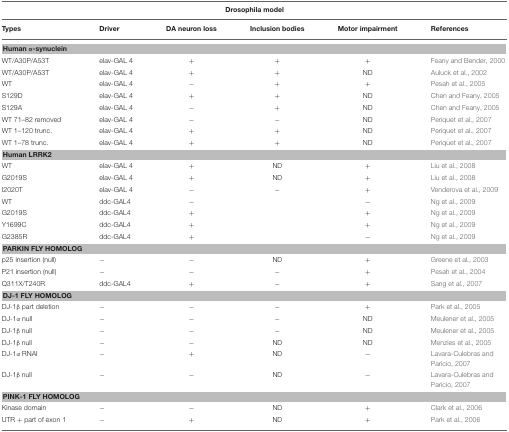
<table><thead><tr><td colspan="6"><b>Drosophila model</b></td></tr></thead><tbody><tr><td><b>Types</b></td><td><b>Driver</b></td><td><b>DA neuron loss</b></td><td><b>Inclusion bodies</b></td><td><b>Motor impairment</b></td><td><b>References</b></td></tr><tr><td colspan="6"><b>Human α-synuclein</b></td></tr><tr><td>WT/A30P/A53T</td><td>elav-GAL 4</td><td>+</td><td>+</td><td>+</td><td>Feany and Bender, 2000</td></tr><tr><td>WT/A30P/A53T</td><td>elav-GAL 4</td><td>+</td><td>+</td><td>ND</td><td>Auluck et al., 2002</td></tr><tr><td>WT</td><td>elav-GAL 4</td><td>−</td><td>+</td><td>+</td><td>Pesah et al., 2005</td></tr><tr><td>S129D</td><td>elav-GAL 4</td><td>+</td><td>+</td><td>ND</td><td>Chen and Feany, 2005</td></tr><tr><td>S129A</td><td>elav-GAL 4</td><td>−</td><td>+</td><td>ND</td><td>Chen and Feany, 2005</td></tr><tr><td>WT 71–82 removed</td><td>elav-GAL 4</td><td>−</td><td>−</td><td>ND</td><td>Periquet et al., 2007</td></tr><tr><td>WT 1–120 trunc.</td><td>elav-GAL 4</td><td>+</td><td>+</td><td>ND</td><td>Periquet et al., 2007</td></tr><tr><td>WT 1–78 trunc.</td><td>elav-GAL 4</td><td>+</td><td>+</td><td>ND</td><td>Periquet et al., 2007</td></tr><tr><td colspan="6"><b>Human LRRK2</b></td></tr><tr><td>WT</td><td>elav-GAL 4</td><td>+</td><td>ND</td><td>+</td><td>Liu et al., 2008</td></tr><tr><td>G2019S</td><td>elav-GAL 4</td><td>+</td><td>ND</td><td>+</td><td>Liu et al., 2008</td></tr><tr><td>I2020T</td><td>elav-GAL 4</td><td>−</td><td>−</td><td>+</td><td>Venderova et al., 2009</td></tr><tr><td>WT</td><td>ddc-GAL4</td><td>−</td><td></td><td>−</td><td>Ng et al., 2009</td></tr><tr><td>G2019S</td><td>ddc-GAL4</td><td>+</td><td></td><td>+</td><td>Ng et al., 2009</td></tr><tr><td>Y1699C</td><td>ddc-GAL4</td><td>+</td><td></td><td>+</td><td>Ng et al., 2009</td></tr><tr><td>G2385R</td><td>ddc-GAL4</td><td>+</td><td></td><td>−</td><td>Ng et al., 2009</td></tr><tr><td colspan="6"><b>PARKIN FLY HOMOLOG</b></td></tr><tr><td>p25 insertion (null)</td><td>−</td><td>−</td><td>ND</td><td>+</td><td>Greene et al., 2003</td></tr><tr><td>P21 insertion (null)</td><td>−</td><td>−</td><td>−</td><td>+</td><td>Pesah et al., 2004</td></tr><tr><td>Q311X/T240R</td><td>ddc-GAL4</td><td>+</td><td>−</td><td>+</td><td>Sang et al., 2007</td></tr><tr><td colspan="6"><b>DJ-1 FLY HOMOLOG</b></td></tr><tr><td>DJ-1β part deletion</td><td>−</td><td>−</td><td>−</td><td>+</td><td>Park et al., 2005</td></tr><tr><td>DJ-1α null</td><td>−</td><td>−</td><td>−</td><td>ND</td><td>Meulener et al., 2005</td></tr><tr><td>DJ-1β null</td><td>−</td><td>−</td><td>−</td><td>ND</td><td>Meulener et al., 2005</td></tr><tr><td>DJ-1β null</td><td>−</td><td>−</td><td>ND</td><td>ND</td><td>Menzies et al., 2005</td></tr><tr><td>DJ-1α RNAI</td><td>−</td><td>+</td><td>ND</td><td>−</td><td>Lavara-Culebras and Paricio, 2007</td></tr><tr><td>DJ-1β null</td><td>−</td><td>−</td><td>ND</td><td>−</td><td>Lavara-Culebras and Paricio, 2007</td></tr><tr><td colspan="6"><b>PINK-1 FLY HOMOLOG</b></td></tr><tr><td>Kinase domain</td><td>−</td><td>−</td><td>ND</td><td>+</td><td>Clark et al., 2006</td></tr><tr><td>UTR + part of exon 1</td><td>−</td><td>+</td><td>ND</td><td>+</td><td>Park et al., 2006</td></tr></tbody></table>